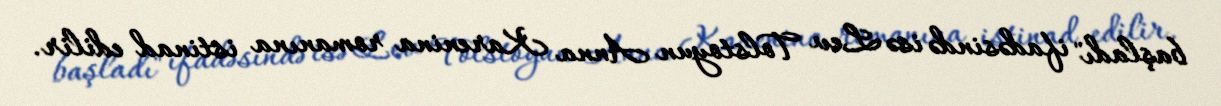
başladı" ifadəsində isə Lev Tolstoyun Anna Karenina romanına istinad edilir.